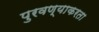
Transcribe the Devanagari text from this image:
पुरवण्याकरता